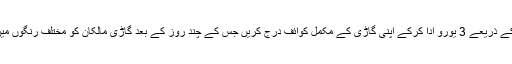
پیرس اور گردونواح کے پرائیویٹ گاڑی مالکان کو ہدایت کی گئی تھی کہ وہ انٹرنیٹ کے ذریعے 3 یورو ادا کرکے اپنی گاڑی کے مکمل کوائف درج کریں جس کے چند روز کے بعد گاڑی مالکان کو مختلف رنگوں میں اسٹیکر موصول ہو ئےجو انہوں اپنی گاڑیوں کے فرنٹ شیشے پر چسپاں کرنے تھے۔